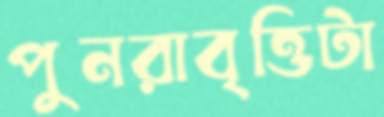
পুনরাবৃত্তিটা